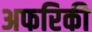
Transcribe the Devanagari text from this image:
अफरिकी